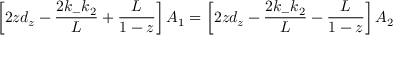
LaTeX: \left[ 2 z d _ { z } - \frac { 2 k _ { - } k _ { 2 } } { L } + \frac { L } { 1 - z } \right] A _ { 1 } = \left[ 2 z d _ { z } - \frac { 2 k _ { - } k _ { 2 } } { L } - \frac { L } { 1 - z } \right] A _ { 2 }